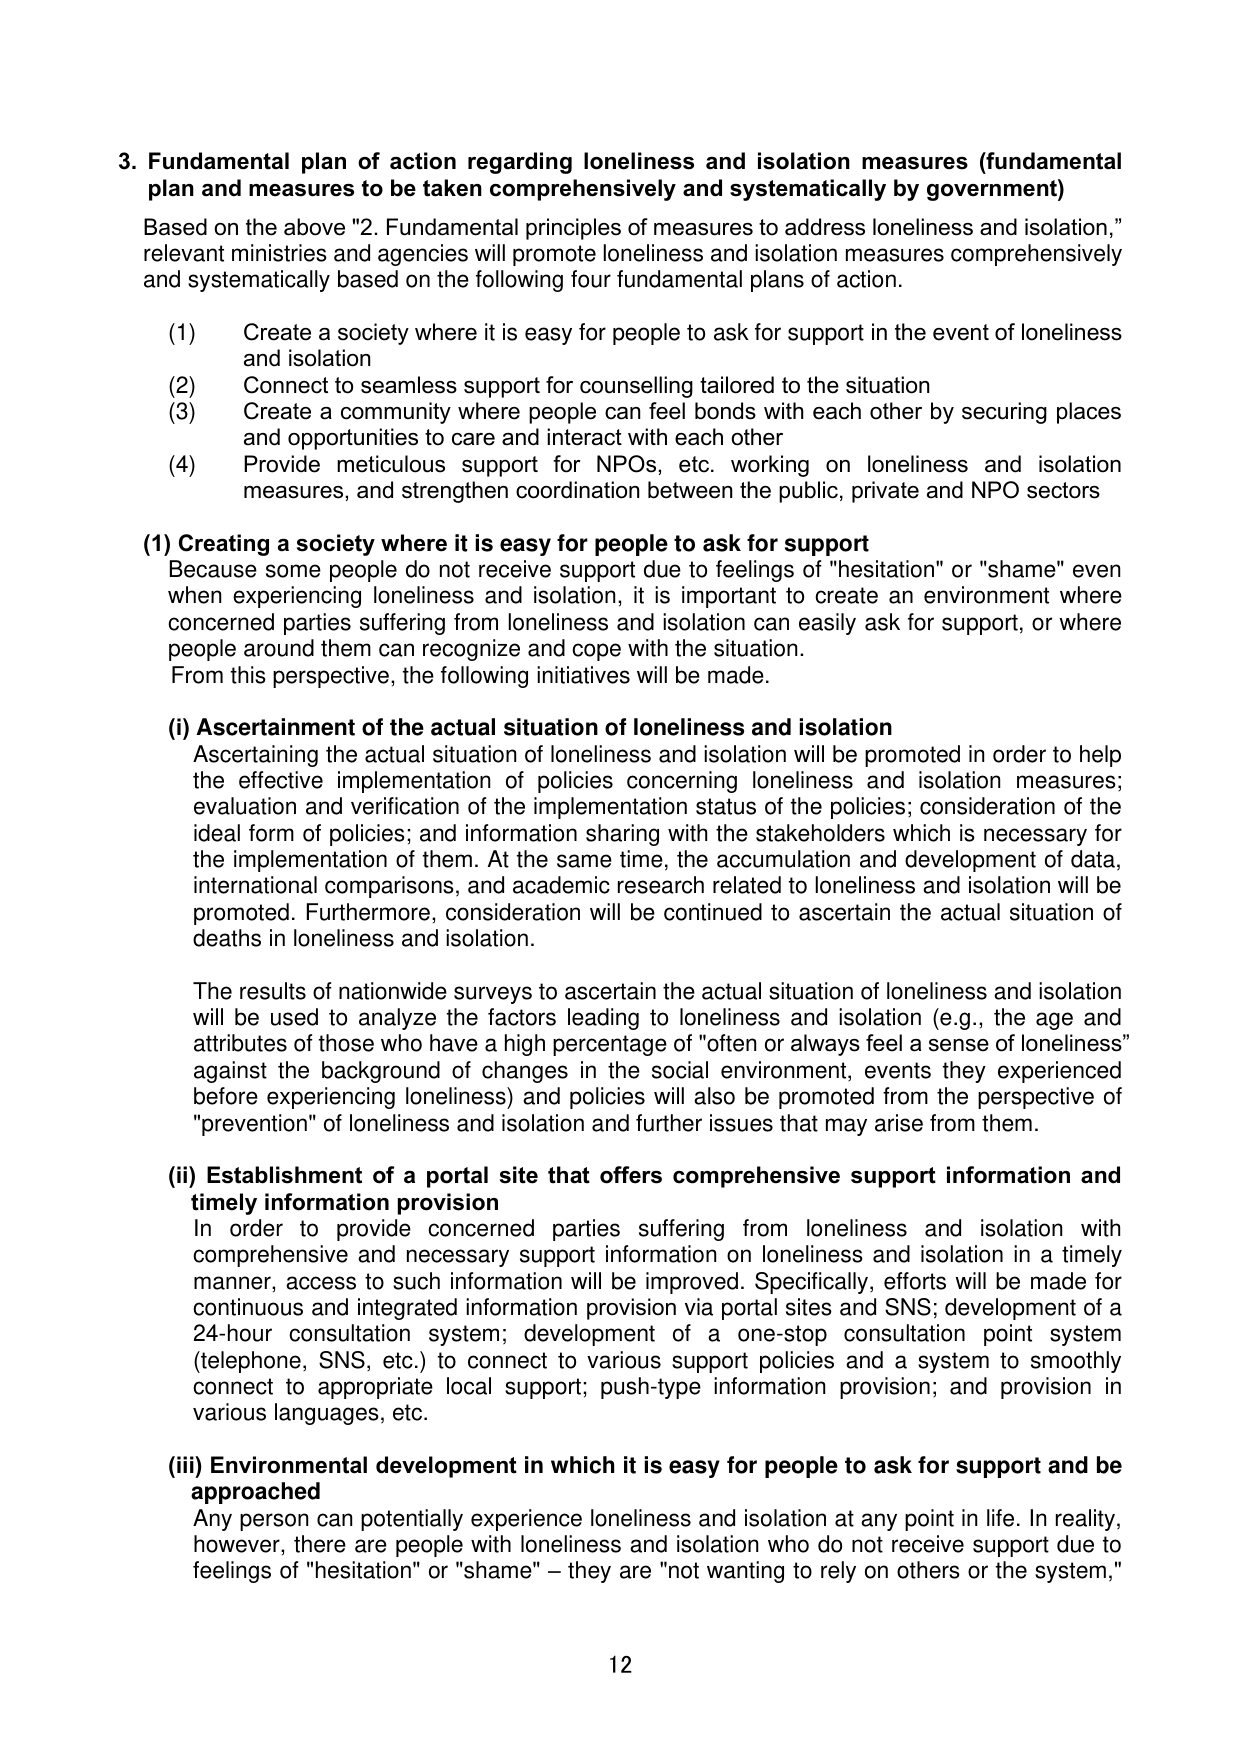
3. Fundamental plan of action regarding loneliness and isolation measures (fundamental plan and measures to be taken comprehensively and systematically by government)

Based on the above "2. Fundamental principles of measures to address loneliness and isolation," relevant ministries and agencies will promote loneliness and isolation measures comprehensively and systematically based on the following four fundamental plans of action.

(1) Create a society where it is easy for people to ask for support in the event of loneliness and isolation
(2) Connect to seamless support for counselling tailored to the situation
(3) Create a community where people can feel bonds with each other by securing places and opportunities to care and interact with each other
(4) Provide meticulous support for NPOs, etc. working on loneliness and isolation measures, and strengthen coordination between the public, private and NPO sectors

(1) Creating a society where it is easy for people to ask for support
Because some people do not receive support due to feelings of "hesitation" or "shame" even when experiencing loneliness and isolation, it is important to create an environment where concerned parties suffering from loneliness and isolation can easily ask for support, or where people around them can recognize and cope with the situation.
From this perspective, the following initiatives will be made.

(i) Ascertainment of the actual situation of loneliness and isolation
Ascertaining the actual situation of loneliness and isolation will be promoted in order to help the effective implementation of policies concerning loneliness and isolation measures; evaluation and verification of the implementation status of the policies; consideration of the ideal form of policies; and information sharing with the stakeholders which is necessary for the implementation of them. At the same time, the accumulation and development of data, international comparisons, and academic research related to loneliness and isolation will be promoted. Furthermore, consideration will be continued to ascertain the actual situation of deaths in loneliness and isolation.

The results of nationwide surveys to ascertain the actual situation of loneliness and isolation will be used to analyze the factors leading to loneliness and isolation (e.g., the age and attributes of those who have a high percentage of "often or always feel a sense of loneliness" against the background of changes in the social environment, events they experienced before experiencing loneliness) and policies will also be promoted from the perspective of "prevention" of loneliness and isolation and further issues that may arise from them.

(ii) Establishment of a portal site that offers comprehensive support information and timely information provision
In order to provide concerned parties suffering from loneliness and isolation with comprehensive and necessary support information on loneliness and isolation in a timely manner, access to such information will be improved. Specifically, efforts will be made for continuous and integrated information provision via portal sites and SNS; development of a 24-hour consultation system; development of a one-stop consultation point system (telephone, SNS, etc.) to connect to various support policies and a system to smoothly connect to appropriate local support; push-type information provision; and provision in various languages, etc.

(iii) Environmental development in which it is easy for people to ask for support and be approached
Any person can potentially experience loneliness and isolation at any point in life. In reality, however, there are people with loneliness and isolation who do not receive support due to feelings of "hesitation" or "shame" – they are "not wanting to rely on others or the system,"

12